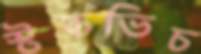
স্টকভিচ